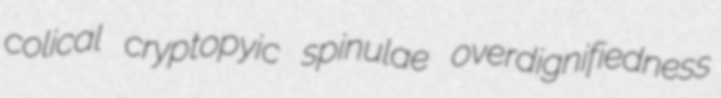
colical cryptopyic spinulae overdignifiedness